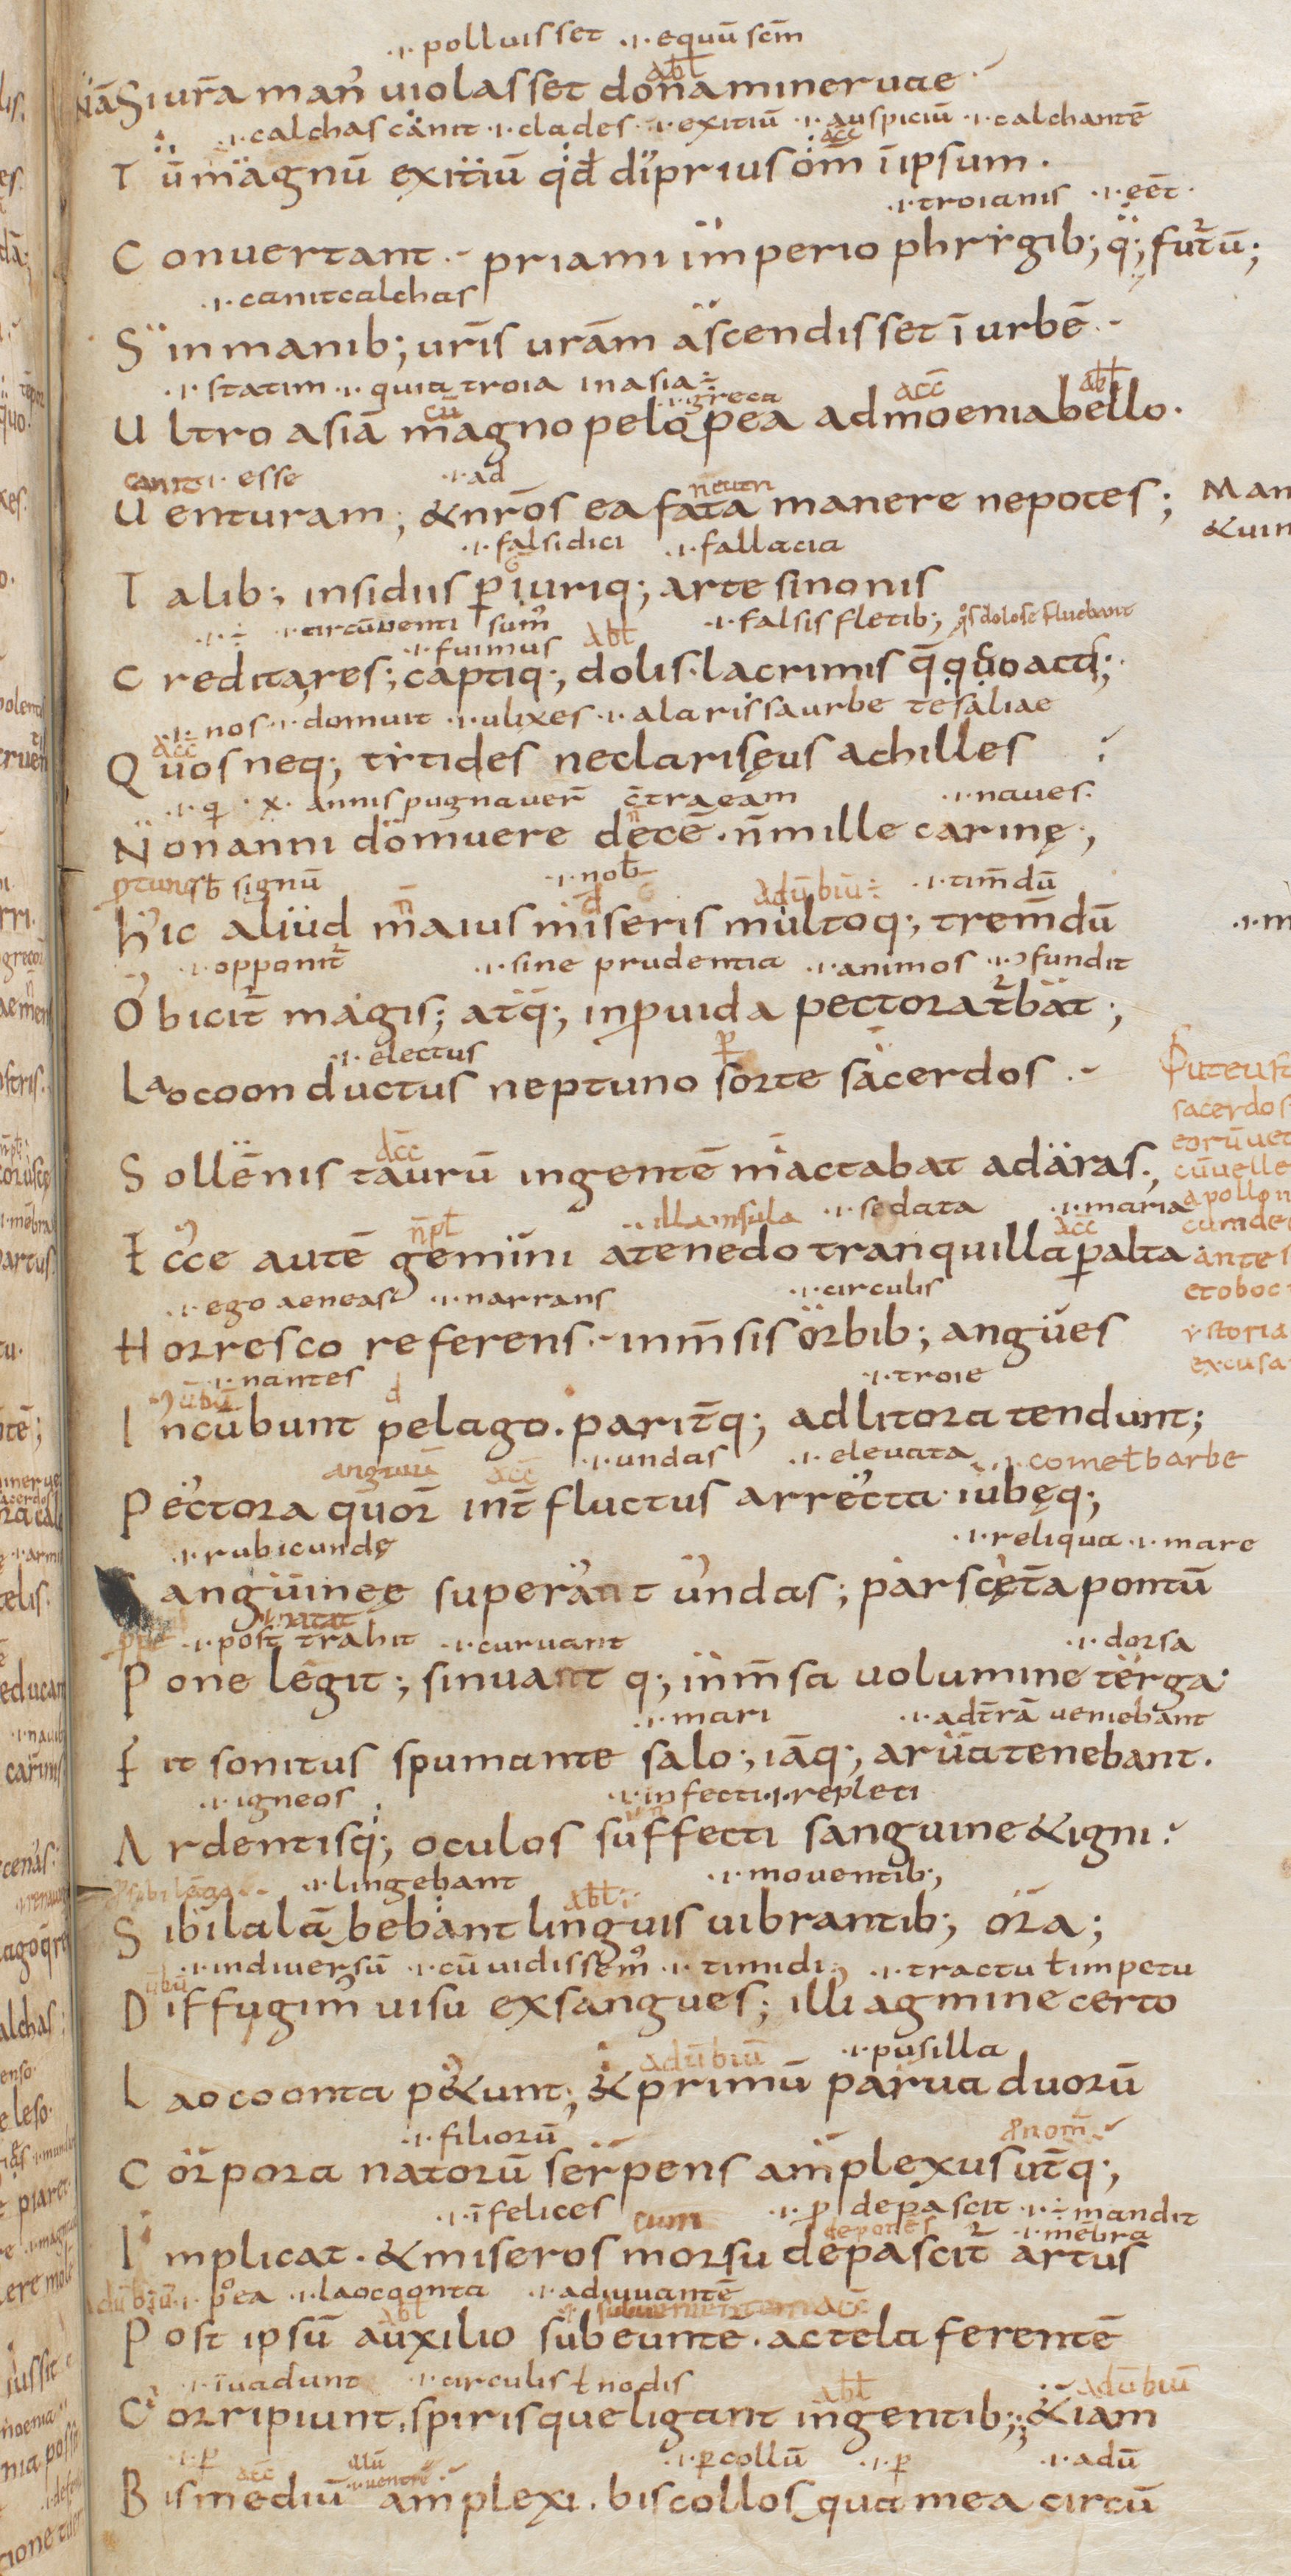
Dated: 850–999